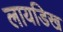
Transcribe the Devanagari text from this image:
लायडिख